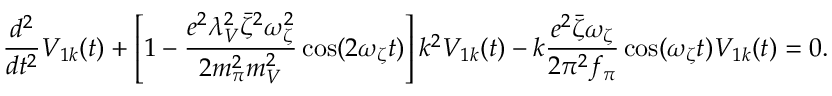
\frac { d ^ { 2 } } { d t ^ { 2 } } V _ { 1 k } ( t ) + \left[ 1 - \frac { e ^ { 2 } \lambda _ { V } ^ { 2 } \bar { \zeta } ^ { 2 } \omega _ { \zeta } ^ { 2 } } { 2 m _ { \pi } ^ { 2 } m _ { V } ^ { 2 } } \cos ( 2 \omega _ { \zeta } t ) \right] k ^ { 2 } V _ { 1 k } ( t ) - k \frac { e ^ { 2 } \bar { \zeta } \omega _ { \zeta } } { 2 \pi ^ { 2 } f _ { \pi } } \cos ( \omega _ { \zeta } t ) V _ { 1 k } ( t ) = 0 .